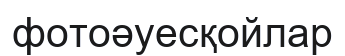
фотоәуесқойлар